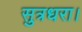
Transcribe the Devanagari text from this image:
सुत्रधरा।